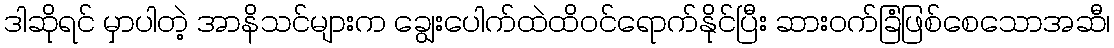
ဒါဆိုရင် မှာပါတဲ့ အာနိသင်များက ချွေးပေါက်ထဲထိဝင်ရောက်နိုင်ပြီး ဆားဝက်ခြံဖြစ်စေသောအဆီ၊